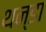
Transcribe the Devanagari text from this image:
थन्डा